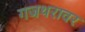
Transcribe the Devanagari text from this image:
गजथरावर